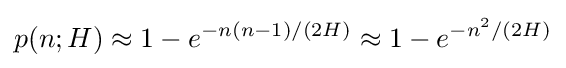
p(n;H)\approx 1-e^{-n(n-1)/(2H)}\approx 1-e^{-n^{2}/(2H)}